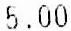
5.00